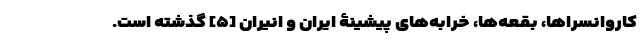
کاروانسراها، بقعه‌ها، خرابه‌های پیشینۀ ایران و اَنیران [۵] گذشته است.